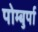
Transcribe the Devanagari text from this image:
पोम्बुर्पा